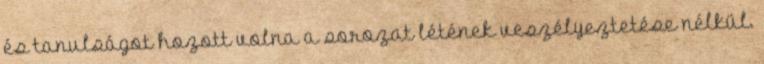
és tanulságot hozott volna a sorozat létének veszélyeztetése nélkül.